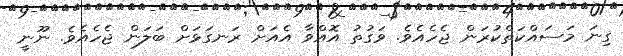
ގިނަ މަސައްކަތްކުރަން ޖެހެއެވެ. ވަގުތު އޮއްވާ އެއަށް ރަނގަޅަށް ބަލަން ޖެހެއެވެ. ނޫނީ